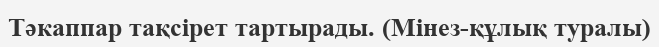
Тәкаппар тақсірет тартырады. (Мінез-құлық туралы)